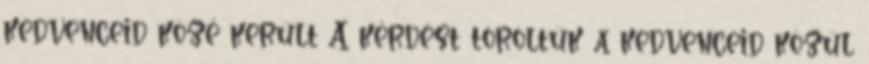
kedvenceid közé került A kérdést töröltük a kedvenceid közül